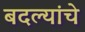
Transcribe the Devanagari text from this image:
बदल्यांचे